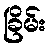
ခြိမ်း